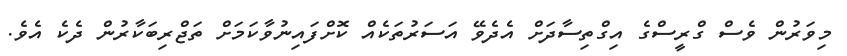
މިވަރުން ވެސް ގްރީސްގެ އިގްތިސާދަށް އެދެވޭ އަސަރުތަކެއް ކޮށްފައިނުވާކަމަށް ތަޖްރިބަކާރުން ދެކެ އެވެ.